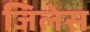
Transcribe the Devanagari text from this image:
जिलेस